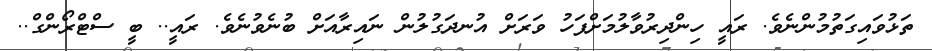
ތަޅުވައިގަތުމުންނެވެ. ރައީ ހިންދިރުވާލުމަށްފަހު ވަރަށް އުނދަގުލުން ނައިރާއަށް ބުނެވުނެވެ. ރައީ.. ބީ ސްޓްރޯންގް..